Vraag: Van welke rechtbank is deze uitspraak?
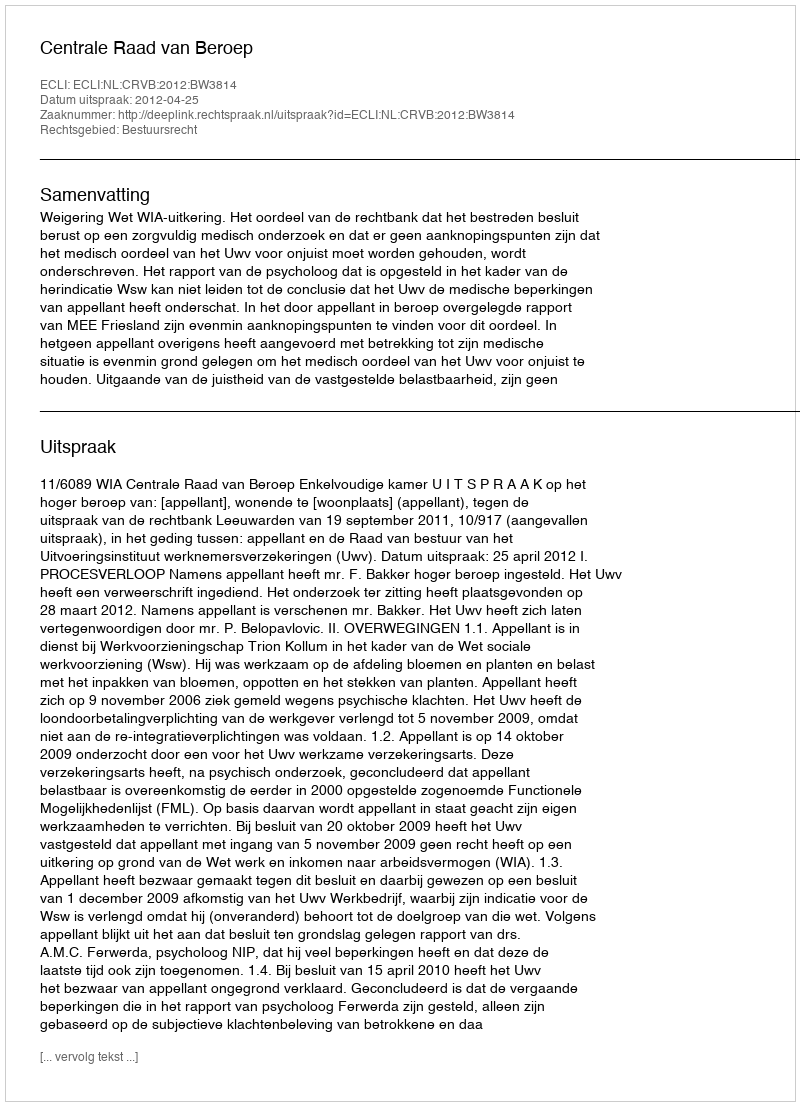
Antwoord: Centrale Raad van Beroep